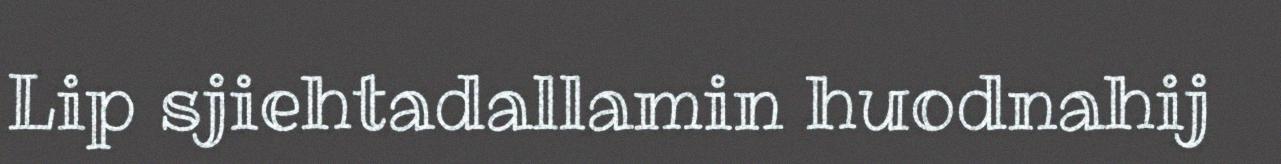
Lip sjiehtadallamin huodnahij